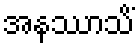
အနဿာသိံ